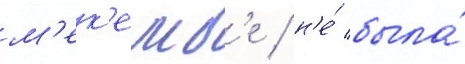
м'ек'емб'е / н'е́ была́